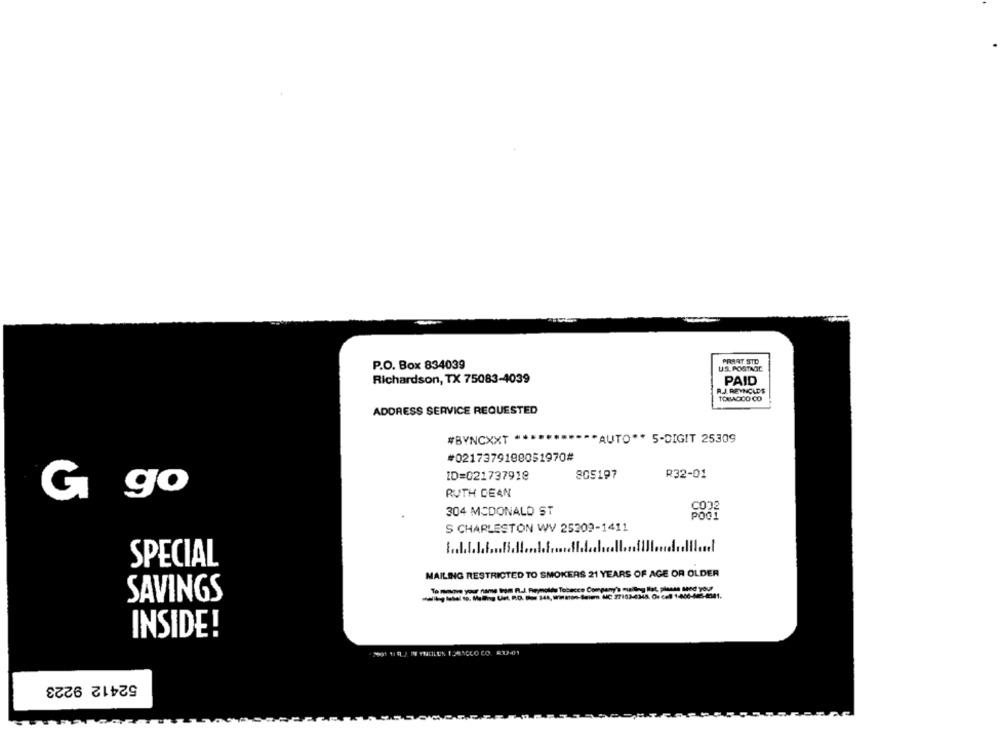
PRAAT STD
P.O. Box 834039
US.POSTAGE
Richardson, TX 75083-4039
PAID
A.J. REYNOLDS
TOBACCO CO
ADDRESS SERVICE REQUESTED
#BYNCXXT *
""AUTO ** 5-DIGIT 25309
#0217379108051970#
805197
R32-01
ID=021737918
G
go
RUTH DEAN
304 MCDONALD ST
S CHARLESTON WV 25209-1411
SPECIAL
MAILING RESTRICTED TO SMOKERS 21 YEARS OF AGE OR OLDER
To make your name trom R.J. Reynolds Tobacco Company's muiliny Itat, please send Your
SAVINGS
INSIDE!
52412 9223